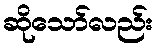
ဆိုသော်လည်း